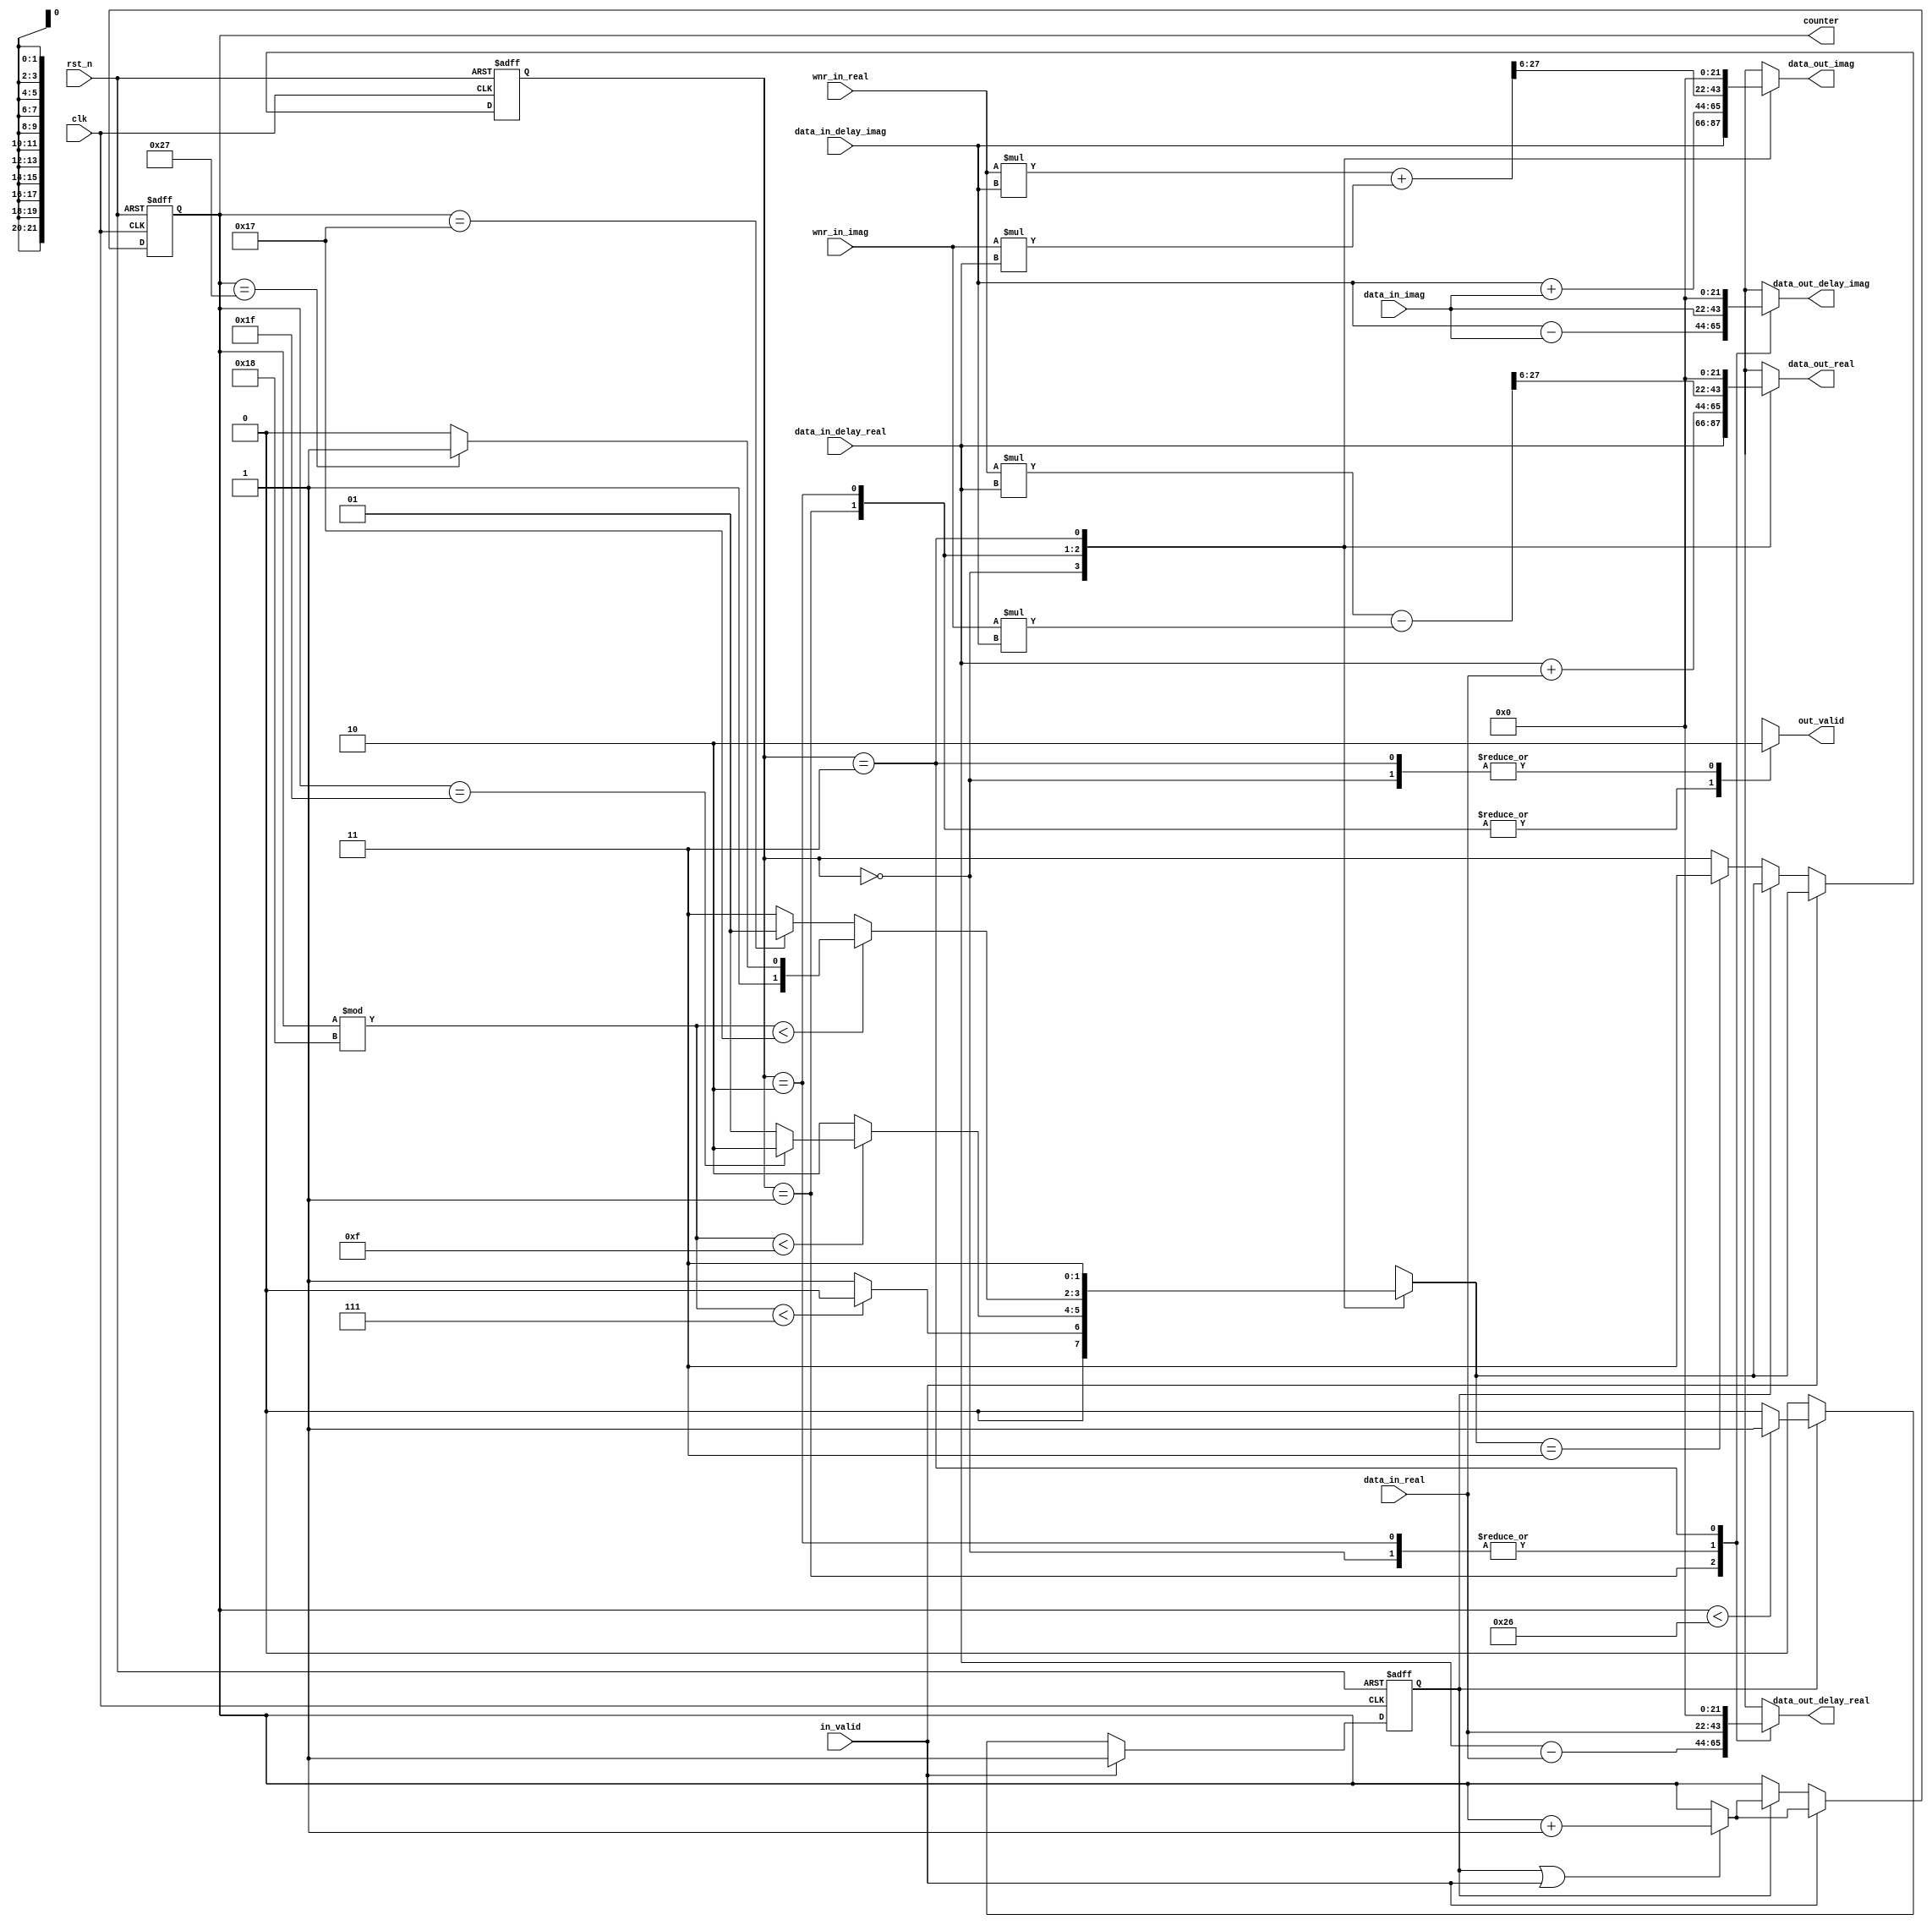
module butter_fly_8(
    input clk,
    input rst_n,
    input in_valid,
    input signed[21:0] data_in_real,
    input signed[21:0] data_in_imag,
    input signed[21:0] wnr_in_real,
    input signed[21:0] wnr_in_imag,
    input signed[21:0] data_in_delay_real,
    input signed[21:0] data_in_delay_imag,
    output [5:0] counter,
    output reg out_valid,
    output reg signed[21:0] data_out_delay_real,
    output reg signed[21:0] data_out_delay_imag,
    output reg signed[21:0] data_out_real,
    output reg signed[21:0] data_out_imag
);
reg valid,nxt_valid;
reg [5:0] nxt_counter;
reg [1:0] curr_state;
reg [1:0] next_state;
reg [5:0] reg_counter;
wire signed [45:0] temp_real,temp_imag;
//wire signed [45:0] temp_common;
//assign temp_common = data_in_delay_imag *(wnr_in_real-wnr_in_imag);
assign temp_real = wnr_in_real*data_in_delay_real - wnr_in_imag*data_in_delay_imag;
assign temp_imag = wnr_in_real*data_in_delay_imag + wnr_in_imag*data_in_delay_real;
assign counter = reg_counter;
always@(*)begin
    nxt_valid = (reg_counter<38)?valid:'d0;
    nxt_counter = (valid || in_valid)?reg_counter + 'd1:reg_counter;
end

always@(*)begin
    case (curr_state)//synopsys full_case
    2'b00: begin
        data_out_delay_real = data_in_real;
        data_out_delay_imag = data_in_imag;
        data_out_real = data_in_delay_real;
        data_out_imag = data_in_delay_imag;
        out_valid = 'd0;
        next_state = ((reg_counter%24) <7)?2'b00:2'b01;
    end
    2'b01: begin
        data_out_delay_real = data_in_delay_real - data_in_real;
        data_out_delay_imag = data_in_delay_imag - data_in_imag;
        data_out_real = data_in_delay_real + data_in_real;
        data_out_imag = data_in_delay_imag + data_in_imag;
        out_valid = 'd1;
        next_state = ((reg_counter%24) <15)? (reg_counter==31)?2'b10:2'b01   :2'b10;
    end
    2'b10:begin
        data_out_delay_real = data_in_real;
        data_out_delay_imag = data_in_imag;
        data_out_real = temp_real[29:6];
        data_out_imag = temp_imag[29:6];
        out_valid = 'd1;
        next_state = ((reg_counter%'d24) <23)?(reg_counter=='d39)?2'b11:2'b10:(reg_counter==23)?2'b01:2'b11;
    end
    2'b11:begin
        next_state = 2'b11;
        data_out_delay_real = 'd0;
        data_out_delay_imag = 'd0;
        data_out_real = 'd0;
        data_out_imag = 'd0;
        out_valid = 'd0;
    end
    default:begin
        next_state = 2'b11;
        data_out_delay_real = 'd0;
        data_out_delay_imag = 'd0;
        data_out_real = 'd0;
        data_out_imag = 'd0;
        out_valid = 'd0;
    end
    
    endcase
end


always@(posedge clk or negedge rst_n)begin
    if(!rst_n)begin
        reg_counter <= 0;
        valid <= 0;
        curr_state <= 0;
    end
    else begin
        if(in_valid)begin
            reg_counter <= nxt_counter;
            valid <= in_valid;
            curr_state <= next_state;

        end
        else if(valid)begin
            reg_counter <= nxt_counter;
            valid <= nxt_valid;
            curr_state <= next_state;
        end
        else if(next_state == 2'b11)begin
            curr_state <= 2'b11;
        end
  
    end
end
endmodule